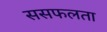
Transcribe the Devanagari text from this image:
ससफलता